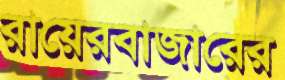
রায়েরবাজারের